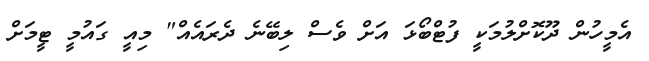
އެމީހުން ދޫކޮށްލުމަކީ ފުޓްބޯޅަ އަށް ވެސް ލިބޭނެ ދެރައެއް" މިއީ ގައުމީ ޓީމަށް